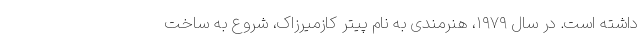
داشته است. در سال ۱۹۷۹، هنرمندی به نام پیتر کازمیرزاک، شروع به ساخت